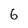
Character: 6